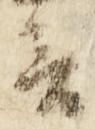
言